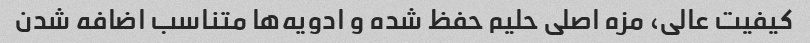
کیفیت عالی، مزه اصلی حلیم حفظ شده و ادویه‌ها متناسب اضافه شدن